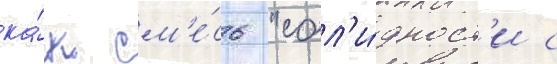
ка́к см'е́сь "сол'и́дност'и с